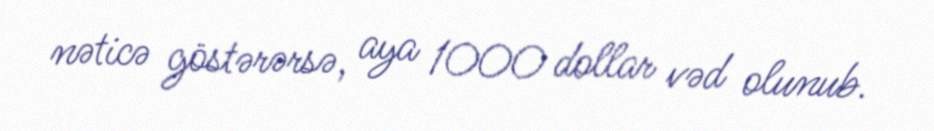
nəticə göstərərsə, aya 1000 dollar vəd olunub.